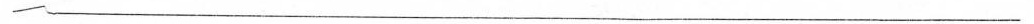
___